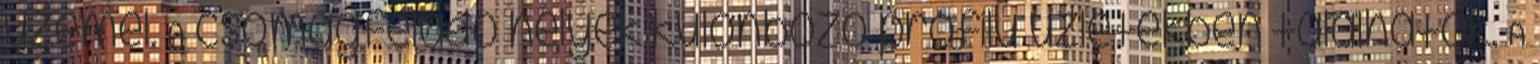
üzemel. A csomagfeladó helyek különböző profilú üzletekben találhatók. A